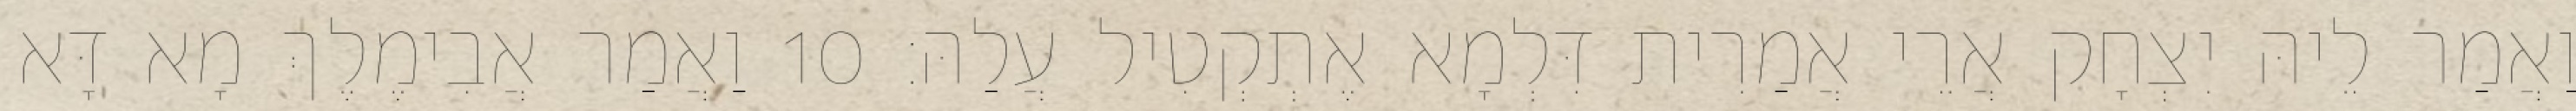
וַאֲמַר לֵיהּ יִצְחָק אֲרֵי אֲמַרִית דִּלְמָא אֶתְקְטִיל עֲלַהּ׃ 10 וַאֲמַר אֲבִימֶלֶךְ מָא דָּא